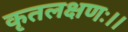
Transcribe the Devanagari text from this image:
कृतलक्षणः।।